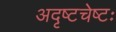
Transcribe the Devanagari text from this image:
अदृष्टचेष्टः